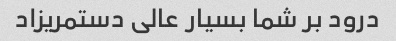
درود بر شما بسیار عالی دستمریزاد